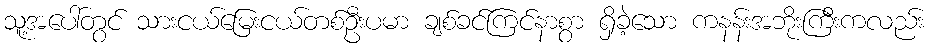
သူ့အပေါ်တွင် သားငယ်မြေးငယ်တစ်ဦးပမာ ချစ်ခင်ကြင်နာစွာ ရှိခဲ့သော ကနန်းအဘိုးကြီးကလည်း